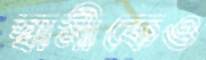
স্বামীকেও